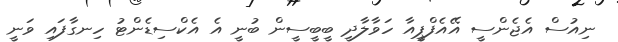
ނިއުސް އެޖެންސީ އޭއެފްޕީއާ ހަވާލާދީ ބީބީސީން ބުނީ އެ އެކްސިޑެންޓު ހިނގާފައި ވަނީ